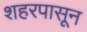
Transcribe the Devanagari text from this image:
शहरपासून